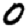
Digit: 0